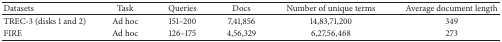
<table><thead><tr><td><b>Datasets</b></td><td><b>Task</b></td><td><b>Queries</b></td><td><b>Docs</b></td><td><b>Number of unique terms</b></td><td><b>Average document length</b></td></tr></thead><tbody><tr><td>TREC-3 (disks 1 and 2)</td><td>Ad hoc</td><td>151–200</td><td>7,41,856</td><td>14,83,71,200</td><td>349</td></tr><tr><td>FIRE</td><td>Ad hoc</td><td>126–175</td><td>4,56,329</td><td>6,27,56,468</td><td>273</td></tr></tbody></table>